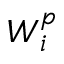
\boldsymbol { W } _ { i } ^ { p }